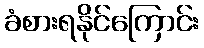
ခံစားရနိုင်ကြောင်း